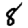
Digit: 8